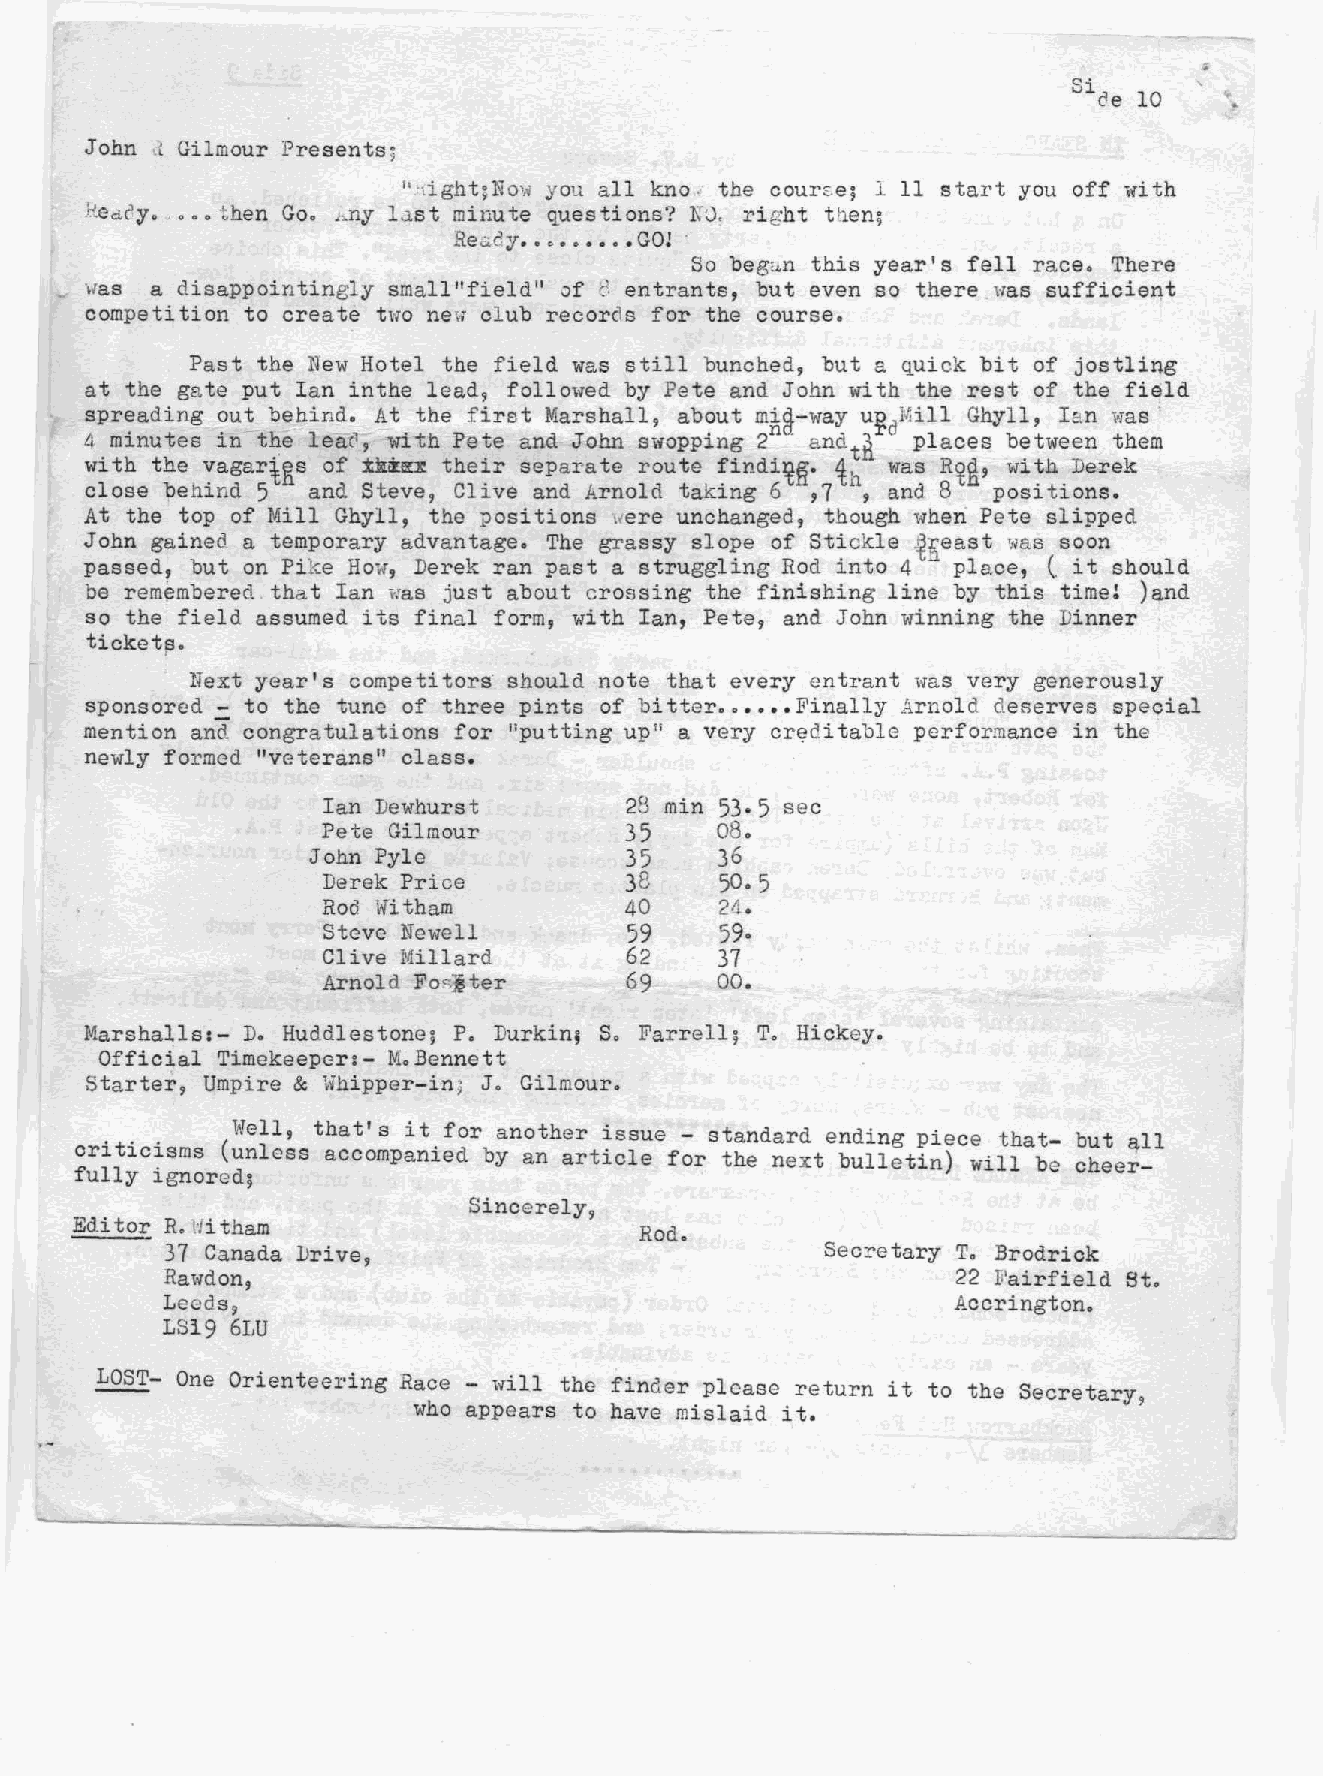
John ,{Gilmour Presents?
 "'dght; NO~rl you all kno i the course; I 11 start you off with
 Heddy. '•.•then Go. J~ny Las t minute q_uestions? NO, right then;
 Ree<.d•y•   GO! '
 0 •••• 0 •
 So beg~n this year's fell race. There
 e
 was a disappointingly small"field" of entrants, but even so there .was suf fdcderrt
 competi tion to create two new club r-ecor-ds for the course.
 Past the New Hotel the field was still bunched, but a q_uick bit of jostling
 at the gate put Ian inthe lead, folLowe d by Pete and John with the rest of the field
 spr~ading ~ut behin~._~t" the first Marshall, ab~ut mAg-way u~d:EHll Ghyll, Ian '[ITaS-
 4 manu tes an fhe leac1, mtl1 P-ete and John SiiOPPJ.ng2 andtft places between them
 with the vagar~lis of Xktocx their separate route findi~fi. 1h was R~R9 with Derek
 close behind 5 and Steve, Clive and Arnold taking 6 ,1 ,and 8 positions.
 At the top of Mill OhyLL, the positions «er-e unchanged, though wheri Pete slipped
 John gained a temporary advantage. The grassy slope of Stickle ~reast \lias soon
 passed, but on Pike How, Derek ran past a struggling Rod into 4 n place, (.it should
 be rem~mbered that Ian was just about crossing the finishing line by this time! )and
 so the field assumed its final form, with Ian, Pete, and John ~rinning the Dinner"
 ticketl30
 Next year's competi tors'should note that every entrant was very generously
 sponsored - to the tune of three pints of bitter ••••••Finally Arnold deserves special
 mention and congra tulations for "putting up a very crEiditable performance in the
 Ii
 newly formed "veterans" class.
 Ian Dewhurst        28 min 53·5 sec
 Pete Gilmour        35    08.
 John Pyle            35    36
 Derek Price         38     50·5
 Rod lrfi tham       40     24..
 Steve Newell         59    59·
 Clive Millard       62    31
 Arnold Foc;,~ter    69    00.
 Marshalls:- D. Huddlestone; P. Durkin, S. Farrell; T. Hickey.
 Official Timekeeper:- M.Bennett
 Starter, Umpire & \ihipper-inj J. Gilmour.
 " ""    Well, that's it for another issue - standard ending piece that- b t 11
 cr~t~c~sms (unless accompanied by an article for the next bulletin) will be c~ee;-
 fully tgnor-cdj
 Sincerely,
 Editor R.Hitham
 Rod.
 31 Canada Drive,                            Secretary T. Brodrick
 Rawdon,                                             22 Fairfield St.
 Leeds,                                              Accrington.
 L819 6LU
 LOST- One Orienteering Race - will the find.er please return "t
 ~ to the Secretary,
 who appears to have mislaid it.